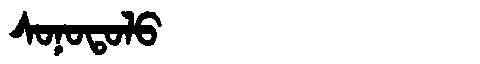
Manchu: ᠰᠣᠨᠣᡨᠣᠯᠣ
Romanization: SONOTOLO